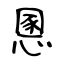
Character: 慁